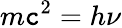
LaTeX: m\mathtt{c}^{2}=h\nu